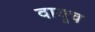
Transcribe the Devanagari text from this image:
वायूच